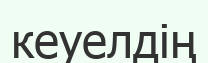
кеуелдің